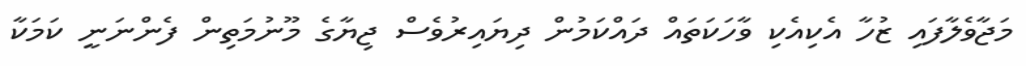
މަޖާވެލާފައި ޒުހާ އެކިއެކި ވާހަކަތައް ދައްކަމުން ދިޔައިރުވެސް ޖިޔާގެ މޫނުމަތިން ފެންނަނީ ކަމަކާ